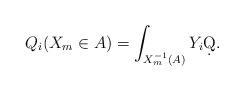
LaTeX: \begin{align*}Q_i(X_m\in A)=\int_{X_m^{-1}(A)}Y_i\d Q.\end{align*}